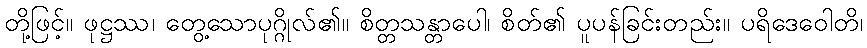
တို့ဖြင့်။ ဖုဋ္ဌဿ၊ တွေ့သောပုဂ္ဂိုလ်၏။ စိတ္တသန္တာပေါ၊ စိတ်၏ ပူပန်ခြင်းတည်း။ ပရိဒေဝေါတိ၊